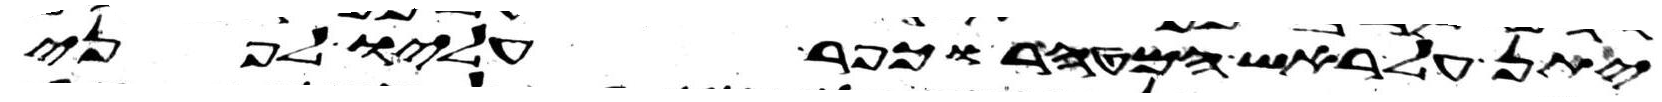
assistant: יתן על ראש המטהר לכפר עליו לפני